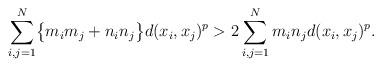
LaTeX: \begin{align*}\sum\limits_{i,j = 1}^{N} \bigl\{m_{i}m_{j} + n_{i}n_{j}\bigl\} d(x_{i},x_{j})^{p}> 2 \sum\limits_{i,j =1}^{N} m_{i}n_{j}d(x_{i},x_{j})^{p}.\end{align*}